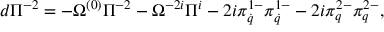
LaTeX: d \Pi ^ { - 2 } = - \Omega ^ { ( 0 ) } \Pi ^ { - 2 } - \Omega ^ { - 2 i } \Pi ^ { i } - 2 i \pi _ { \dot { q } } ^ { 1 - } \pi _ { \dot { q } } ^ { 1 - } - 2 i \pi _ { q } ^ { 2 - } \pi _ { q } ^ { 2 - } ,